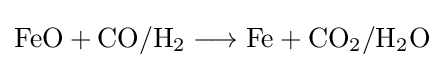
{\mathrm {FeO} {}+{}\mathrm {CO} /\mathrm {H} {\vphantom {A}}_{\smash[{t}]{2}}{}\mathrel {\longrightarrow } {}\mathrm {Fe} {}+{}\mathrm {CO} {\vphantom {A}}_{\smash[{t}]{2}}/\mathrm {H} {\vphantom {A}}_{\smash[{t}]{2}}\mathrm {O} }